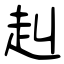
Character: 赳